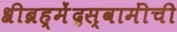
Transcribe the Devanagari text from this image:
श्रीब्रह्मेंद्रस्वामींची